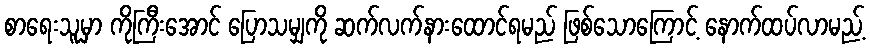
စာရေးသူမှာ ကိုကြီးအောင် ပြောသမျှကို ဆက်လက်နားထောင်ရမည် ဖြစ်သောကြောင့် နောက်ထပ်လာမည့်